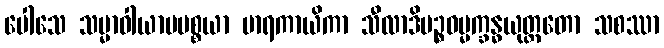
ပေါသေ သမ္မာဝါယာမပစ္စယာ မာရကာယိကာ သီလာဒိပဉ္စဓမ္မက္ခန္ဓယုတ္တတော သစဿာ